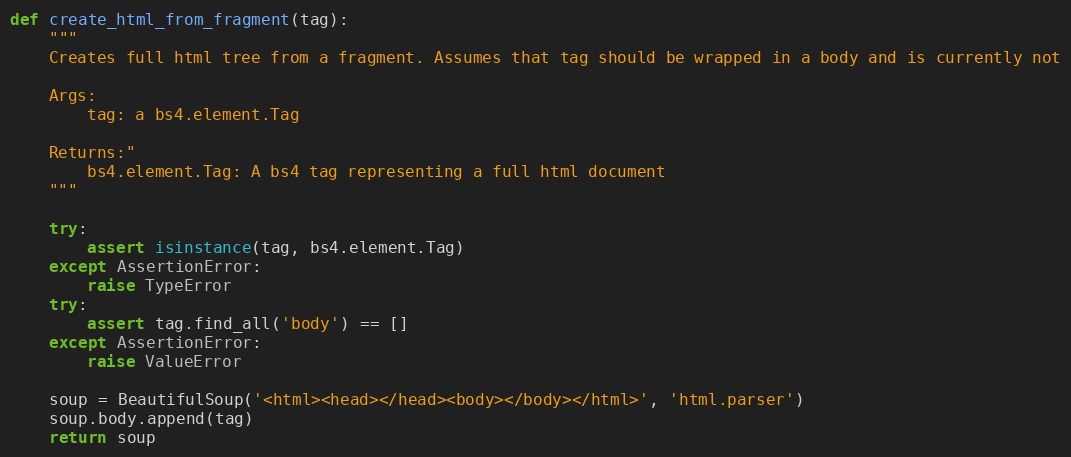
Language: Python
def create_html_from_fragment(tag):
    """
    Creates full html tree from a fragment. Assumes that tag should be wrapped in a body and is currently not

    Args:
        tag: a bs4.element.Tag

    Returns:"
        bs4.element.Tag: A bs4 tag representing a full html document
    """

    try:
        assert isinstance(tag, bs4.element.Tag)
    except AssertionError:
        raise TypeError
    try:
        assert tag.find_all('body') == []
    except AssertionError:
        raise ValueError

    soup = BeautifulSoup('<html><head></head><body></body></html>', 'html.parser')
    soup.body.append(tag)
    return soup